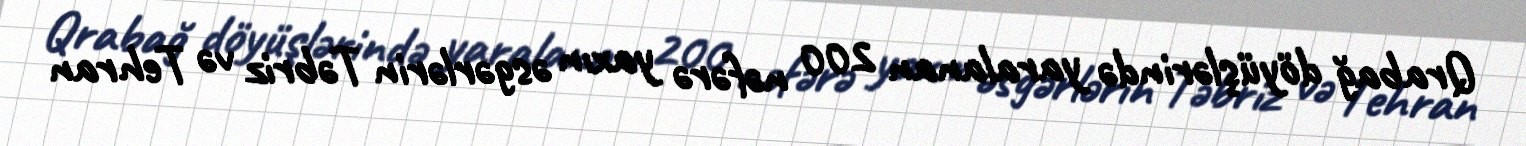
Qrabağ döyüşlərində yaralanan 200 nəfərə yaxın əsgərlərin Təbriz və Tehran